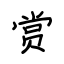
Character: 赏